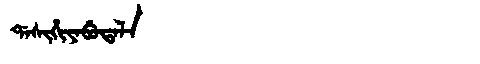
Manchu: ᡩᠠᠰᡳᡥᡳᠶᠠᠪᡠᡨᠠᠯᠠ
Romanization: DASIHIYABUTALA